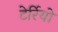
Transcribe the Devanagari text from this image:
टेर्रियो